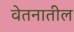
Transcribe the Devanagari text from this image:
वेतनातील